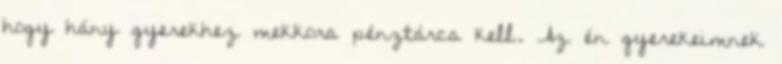
hogy hány gyerekhez mekkora pénztárca kell. Az én gyerekeimnek